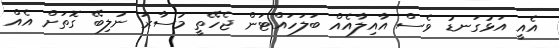
އެއީ އަޅުގަނޑު ވެސް އާއިލާއެއް ބަލަހައްޓަން ޖެހޭތީ މުސާރަ ނުލިބޭ ގޮތަށް އެއް